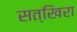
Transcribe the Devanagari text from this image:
सत्खिरा